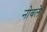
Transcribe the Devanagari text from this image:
नोबले